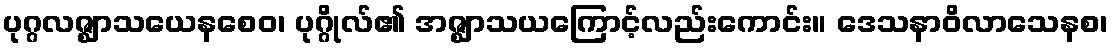
ပုဂ္ဂလဇ္ဈာသယေနစေဝ၊ ပုဂ္ဂိုလ်၏ အဇ္ဈာသယကြောင့်လည်းကောင်း။ ဒေသနာဝိလာသေနစ၊